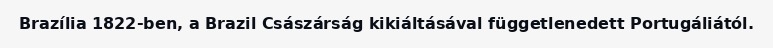
Brazília 1822-ben, a Brazil Császárság kikiáltásával függetlenedett Portugáliától.